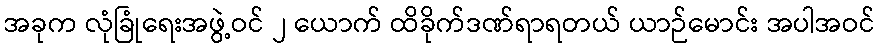
အခုက လုံခြုံရေးအဖွဲ့ဝင် ၂ ယောက် ထိခိုက်ဒဏ်ရာရတယ် ယာဉ်မောင်း အပါအဝင်